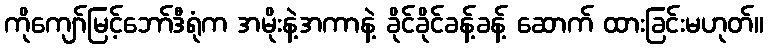
ကိုကျော်မြင့်ဘော်ဒီရုံက အမိုးနဲ့အကာနဲ့ ခိုင်ခိုင်ခန့်ခန့် ဆောက် ထားခြင်းမဟုတ်။